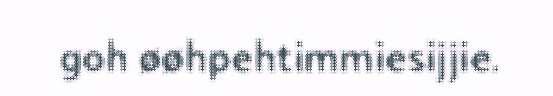
goh øøhpehtimmiesijjie.